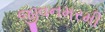
જીવનમરમી